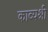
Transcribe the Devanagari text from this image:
काव्यश्री